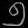
Digit: ၅